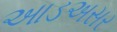
આડઅસર